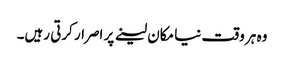
وہ ہر وقت نیا مکان لینے پر اصرار کرتی رہیں۔